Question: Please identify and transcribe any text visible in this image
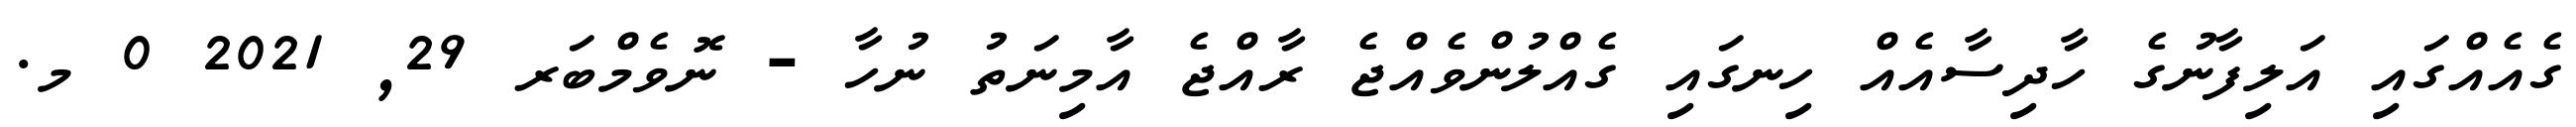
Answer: ގެއެއްގައި އަލިފާނުގެ ހާދިސާއެއް ހިނގައި ގެއްލުންވެއްޖެ ރާއްޖެ އާމިނަތު ނުހާ - ނޮވެމްބަރ 29, 2021 0 މ.